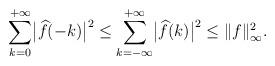
LaTeX: \begin{align*}\sum_{k=0}^{+\infty}\bigl\vert\widehat{f}(-k)\bigr\vert^2\le\sum_{k=-\infty}^{+\infty}\bigl\vert\widehat{f}(k)\bigr\vert^2\le\Vert f\Vert_\infty^2.\end{align*}